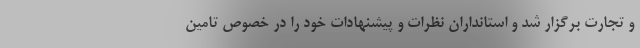
و تجارت برگزار شد و استانداران نظرات و پیشنهادات خود را در خصوص تامین